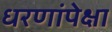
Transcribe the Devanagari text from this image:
धरणांपेक्षा